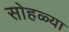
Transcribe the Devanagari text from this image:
सोहळ्या